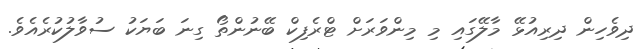
ދިވެހިން ދިރިއުޅޭ މާލޭގައި މި މިންވަރަށް ޓްރެފިކް ބޭނުންތޯ ގިނަ ބަޔަކު ސުވާލުކުރެއެވެ.